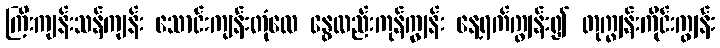
ကြီးကျန်းသန်ကျန်း သောင်းကျန်းတုံလေ နွေလည်းကုန်ကျွန်း နေ့ရက်ကျွန်း၍ တုကျွန်းကိုင်းကျွန်း